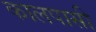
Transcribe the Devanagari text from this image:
कालपासी